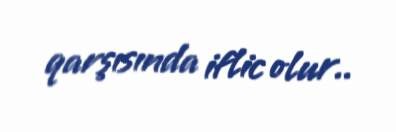
qarşısında iflic olur..